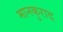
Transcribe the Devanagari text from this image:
मानकुराद